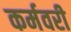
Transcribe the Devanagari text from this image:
कर्मवरी